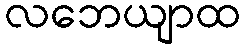
လဘေယျာထ